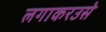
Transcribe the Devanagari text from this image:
लगाकरउसे